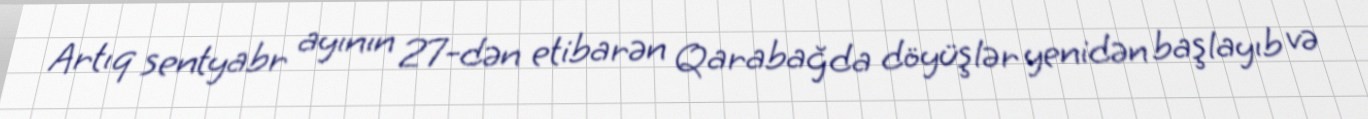
Artıq sentyabr ayının 27-dən etibarən Qarabağda döyüşlər yenidən başlayıb və